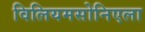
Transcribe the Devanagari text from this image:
विलियमसोनिएला